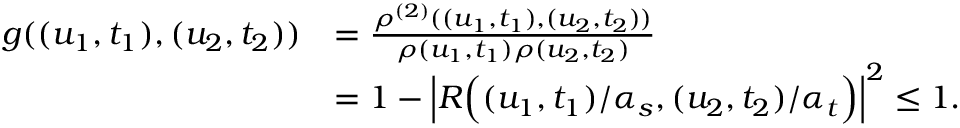
\begin{array} { r l } { g ( ( u _ { 1 } , t _ { 1 } ) , ( u _ { 2 } , t _ { 2 } ) ) } & { = \frac { \rho ^ { ( 2 ) } ( ( u _ { 1 } , t _ { 1 } ) , ( u _ { 2 } , t _ { 2 } ) ) } { \rho ( u _ { 1 } , t _ { 1 } ) \rho ( u _ { 2 } , t _ { 2 } ) } } \\ & { = 1 - \Big \lvert R \Big ( ( u _ { 1 } , t _ { 1 } ) / \alpha _ { s } , ( u _ { 2 } , t _ { 2 } ) / \alpha _ { t } \Big ) \Big \rvert ^ { 2 } \le 1 . } \end{array}